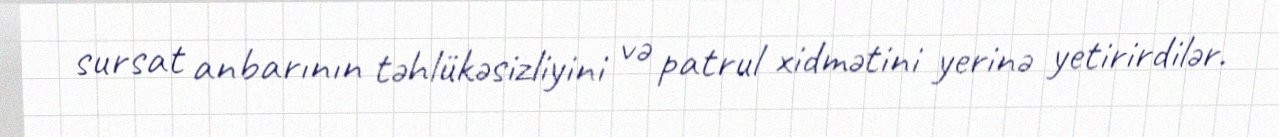
sursat anbarının təhlükəsizliyini və patrul xidmətini yerinə yetirirdilər.